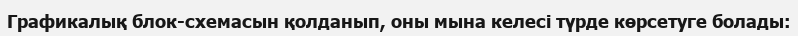
Графикалық блок-схемасын қолданып, оны мына келесі түрде көрсетуге болады: